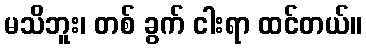
မသိဘူး၊ တစ် ခွက် ငါးရာ ထင်တယ်။